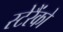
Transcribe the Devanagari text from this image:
स्टेरैंको